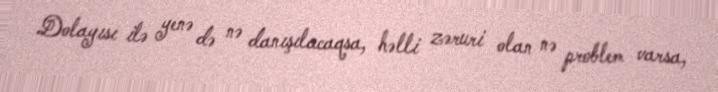
Dolayısı ilə yenə də nə danışılacaqsa, həlli zəruri olan nə problem varsa,